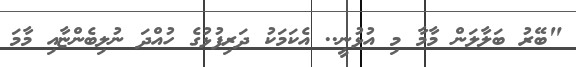
"ބޭރު ބަލާލަން މާމާ މި އުޅުނީ.. އެކަމަކު ދަރިފުޅުގެ ހުއްދަ ނުލިބެންޏާއި މާމަ